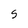
Character: S